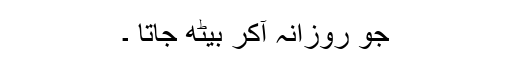
جو روزانہ آکر بیٹھ جاتا ۔